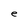
Character: e